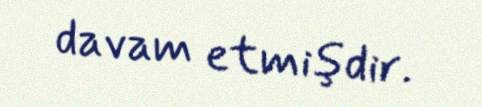
davam etmişdir.